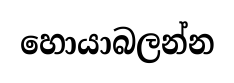
හොයාබලන්න